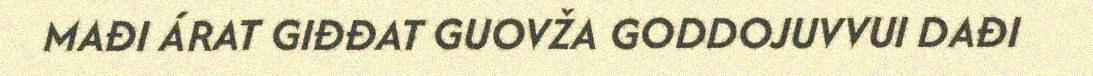
MAĐI ÁRAT GIĐĐAT GUOVŽA GODDOJUVVUI DAĐI